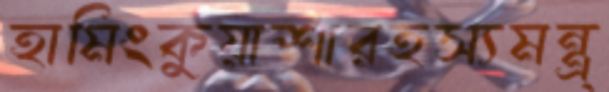
হামিংকুয়াশারহস্যমন্ত্র্